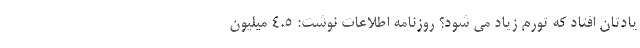
یادتان افتاد که تورم زیاد می شود؟ روزنامه اطلاعات نوشت: ۴.۵ میلیون